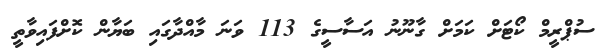
ސުޕްރީމް ކޯޓަށް ކަމަށް ގާނޫނު އަސާސީގެ 113 ވަނަ މާއްދާގައި ބަޔާން ކޮށްފައިވާތީ